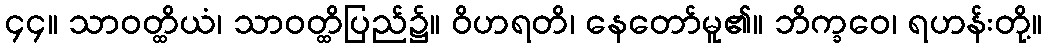
၄၄။ သာဝတ္ထိယံ၊ သာဝတ္ထိပြည်၌။ ဝိဟရတိ၊ နေတော်မူ၏။ ဘိက္ခဝေ၊ ရဟန်းတို့။